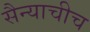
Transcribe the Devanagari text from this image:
सैन्याचीच